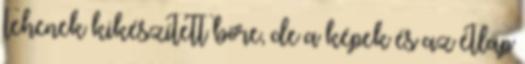
tehenek kikészített bőre, de a képek és az étlap